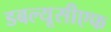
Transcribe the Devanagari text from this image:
डबल्यूसीएफ